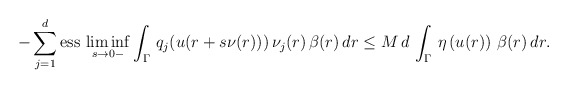
\begin{align*}-\displaystyle\sum_{j=1}^{d}\mbox{ess}\,\displaystyle\liminf_{s\to 0-}\int_{\Gamma}\,q_{j}(u(r +s\nu(r)))\,\nu_{j}(r)\,\beta(r)\,dr \leq M\,d\,\int_{\Gamma}\,\eta\left(u(r)\right)\,\beta(r)\,dr.\end{align*}